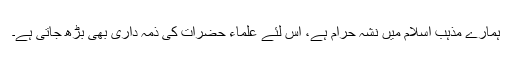
ہمارے مذہب اسلام میں نشہ حرام ہے، اس لئے علماء حضرات کی ذمہ داری بھی بڑھ جاتی ہے۔